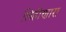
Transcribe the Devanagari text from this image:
लिहीणारा